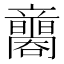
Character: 𥫐